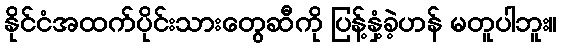
နိုင်ငံအထက်ပိုင်းသားတွေဆီကို ပြန့်နှံ့ခဲ့ဟန် မတူပါဘူး။